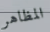
المظاهر